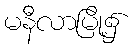
မနီလာမြို့၌